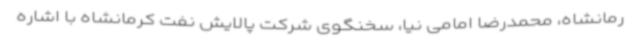
رمانشاه، محمدرضا امامی نیا، سخنگوی شرکت پالایش نفت کرمانشاه با اشاره